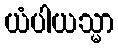
ယံပါယသ္မာ